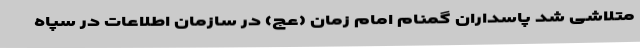
متلاشی شد پاسداران گمنام امام زمان (عج) در سازمان اطلاعات در سپاه